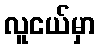
လူငယ်မှာ